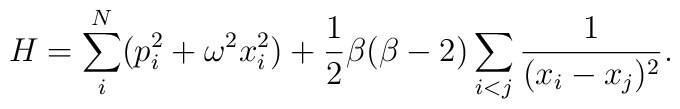
H = \sum_i^N (p_i^2 + \omega^2 x_i^2) + {1 \over 2}\beta (\beta -2)\sum_{i<j}{1 \over{(x_i - x_j)^2}}.